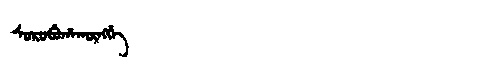
Manchu: ᠰᠣᡵᠣᠪᡠᡥᠠᡴᡡᠩᡤᡝ
Romanization: SOROBUHAKŪNGGE